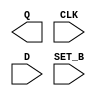
module sky130_fd_sc_lp__dfstp (
    Q    ,
    CLK  ,
    D    ,
    SET_B
);

    output Q    ;
    input  CLK  ;
    input  D    ;
    input  SET_B;

    // Voltage supply signals
    supply1 VPWR;
    supply0 VGND;
    supply1 VPB ;
    supply0 VNB ;

endmodule